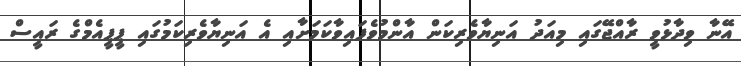
އޭނާ ވިދާޅުވީ ރާއްޖޭގައި މިއަދު އަނިޔާވެރިކަން އާންމުވެފައިވާކަމަށާއި އެ އަނިޔާވެރިކަމުގައި ޕީޕީއެމްގެ ރައީސް